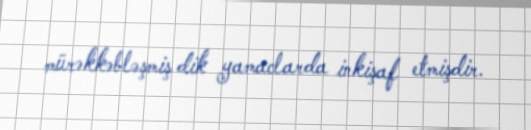
mürəkkəbləşmiş dik yamaclarda inkişaf etmişdir.